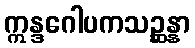
ဣန္ဒဂေါပကသဉ္ဆန္နာ